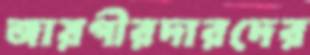
জায়গীরদারদের